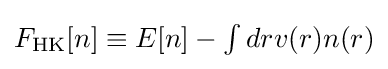
{\textstyle F_{\text{HK}}[n]\equiv E[n]-\int drv(r)n(r)}